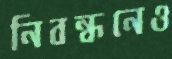
নিবন্ধনেও